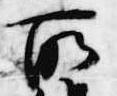
所